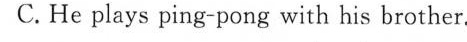
C.He plays ping-pong with his brother.